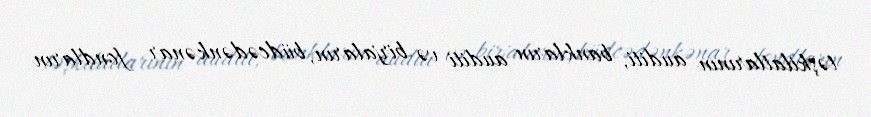
təşkilatlarının auditi, bankların auditi və birjaların, büdcədənkənar fondların